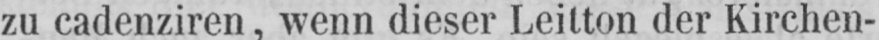
zu cadenziren, wenn dieser Leitton der Kirchen-